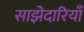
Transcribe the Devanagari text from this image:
साझेदारियाँ